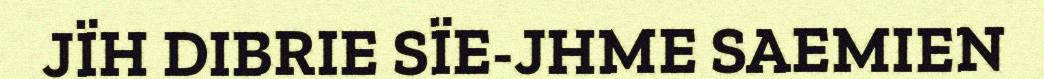
JÏH DIBRIE SÏE-JHME SAEMIEN